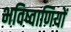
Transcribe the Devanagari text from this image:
भविष्वाणियों